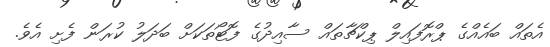
އެތައް ބައެއްގެ ޕްރޮފައިލް ޕިކްޗާތައް ސާއިދުގެ ފޮޓޯތަކަށް ބަދަލު ކުރަން ފެށި އެވެ.